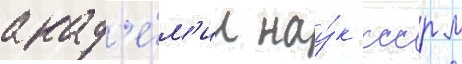
акад'е́м'ии нау́к ссср м